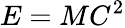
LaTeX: E=MC^{2}